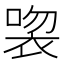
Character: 𲀱